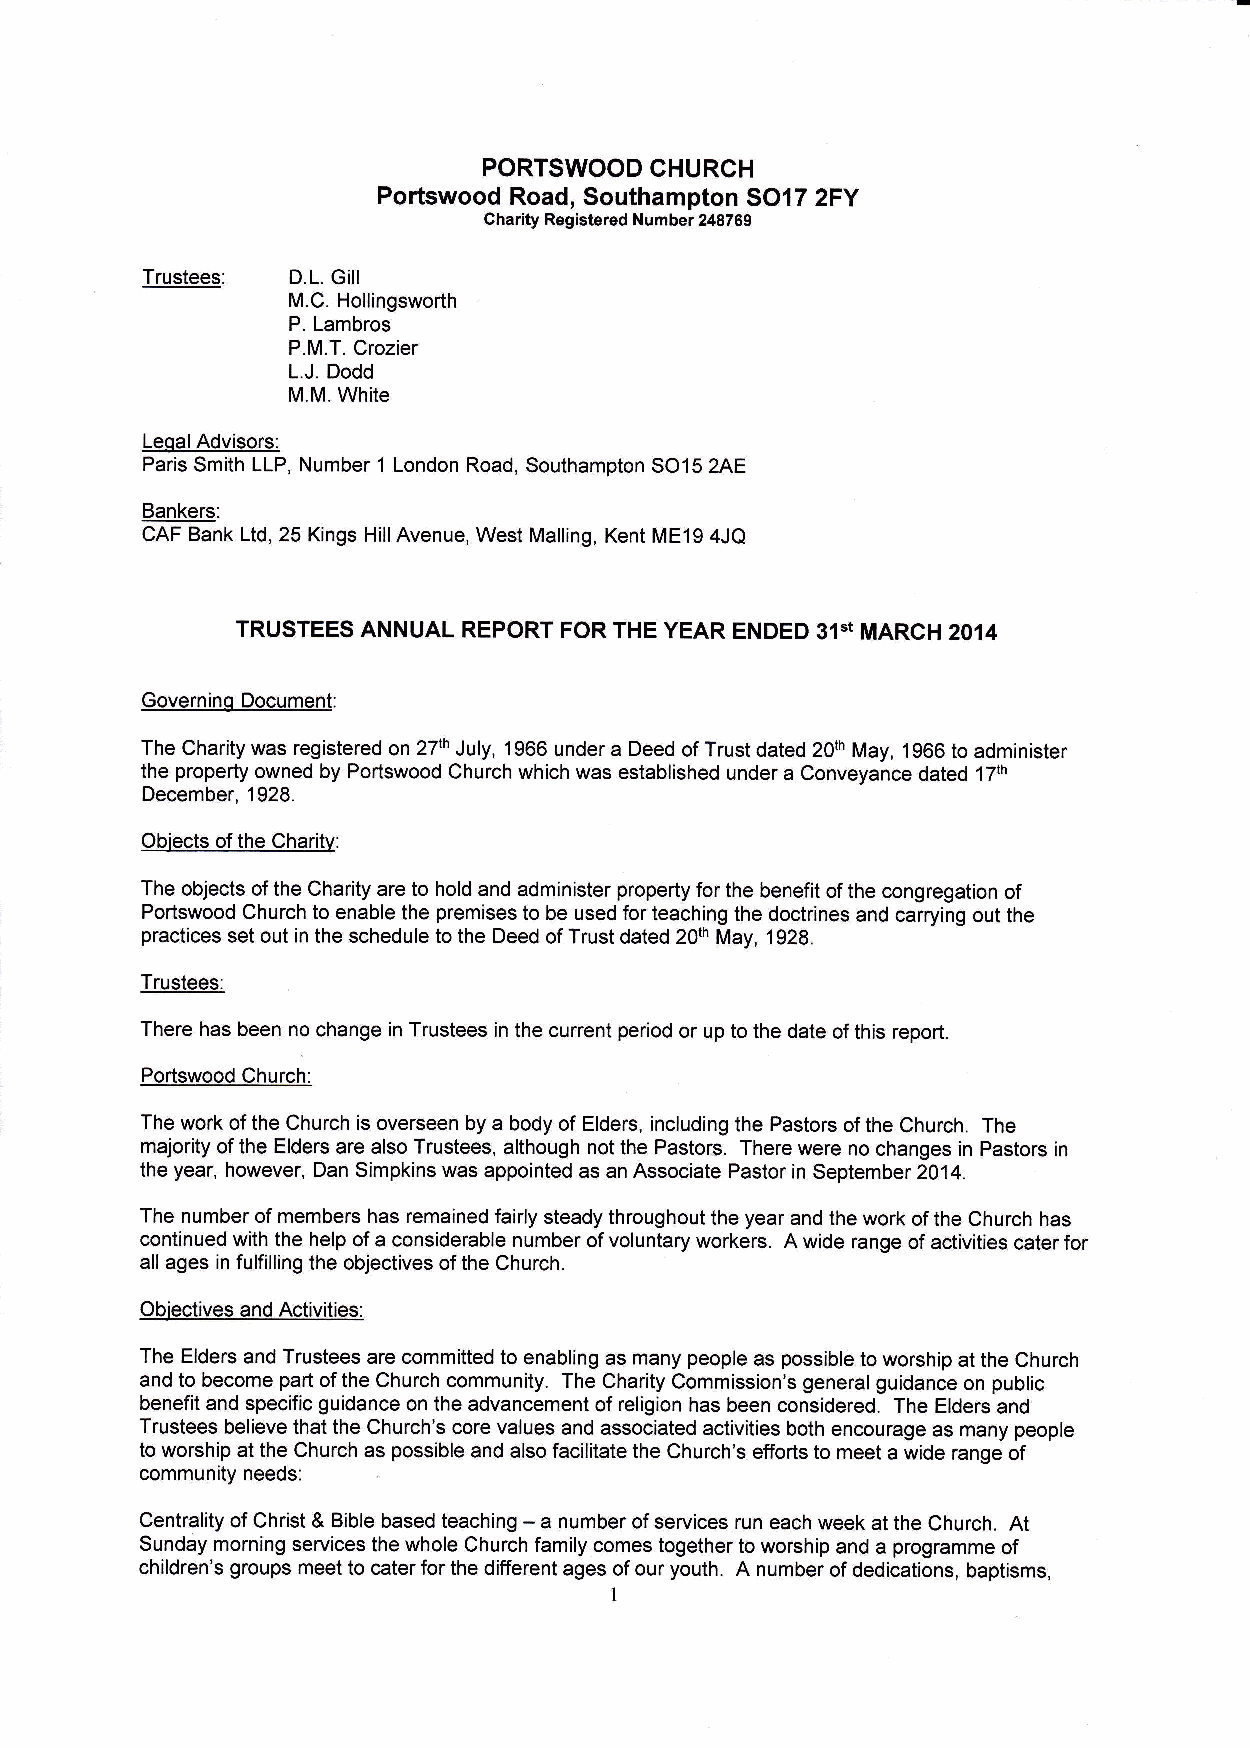
PORTSWOOD  CHURCH
 Portswood Road, Southampton SO17 2FY
 Charity Registered Number 248769
 Trustees:
 D.L. Gill
 M.C. Hollingsworth
 P. Lambros
 P.M.T. Crozier
 L.J. Dodd
 M.M. White
 LeoalAdvisors:
 Paris Smith LLP, Number 1 London Road, Southampton SO15 2AE
 Bankers:
 CAF Bank Ltd, 25 Kings HillAvenue, West Malling, Kent ME19 4JQ
 TRUSTEES ANNUAL REPORT FOR THE YEAR ENDED 31"t MARCH2014
 Governinq Document:
 The Charity was registered on 27th July, 1966 under a Deed of Trust dated 20th May, 1966 to administer
 the property owned by Portswood Church which was established under a Conveyance dated 17th
 December, 1928.
 Obiects of the Charity:
 The objects of the Charity are to hold and administer property for the benefit of the congregation of
 Portswood Church to enable the premises to be used for teaching the doctrines and carrying out the
 practices set out in the schedule to the Deed of Trust dated 20th May, 1928.
 Trustees:
 There has been no change in Trustees in the current period or up to the date of this report.
 Portswood Church:
 The work of the Church is overseen by a body of Elders, including the Pastors of the Church. The
 majority of the Elders are also Trustees, although not the Pastors. There were no changes in Pastors in
 the year, however, Dan Simpkins was appointed as an Associate Pastor in September 2014.
 The number of members has remained fairly steady throughout the year and the work of the Church has
 continued with the help of a considerable number of voluntary workers. A wide range of activities cater for
 all ages in fulfilling the objectives of the Church.
 Obiectives and Activities:
 The Elders and Trustees are committed to enabling as many people as possible to worship at the Church
 and to become part of the Church community. The Charity Commission's general guidance on public
 benefit and specific guidance on the advancement of religion has been considered. The Elders and
 Trustees believe that the Church's core values and associated activities both encourage as many people
 to worship at the Church as possible and also facilitate the Church's efforts to meet a wide range of
 community needs:
 Centrality of Christ & Bible based teaching - a number of services run each week at the Church. At
 Sunday morning services the whole Church family comes together to worship and a programme of
 children's groups meet to cater for the different ages of our youth. A number of dedications, baptisms,
 I